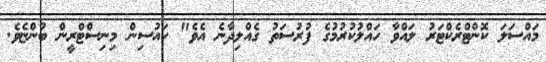
މައްސަލަ ކޮންޓްރެކްޓަރު ލައްވާ ހައްލުކުރުމުގެ ފުރުސަތު ގެއްލިދާނެ އެވެ" ހައުސިން މިނިސްޓްރީން ބުންޏެވެ.